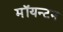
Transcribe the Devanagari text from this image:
मॉयन्टन